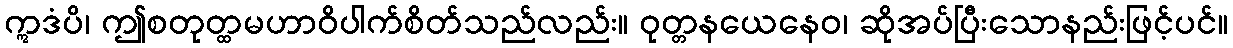
ဣဒံပိ၊ ဤစတုတ္ထမဟာဝိပါက်စိတ်သည်လည်း။ ဝုတ္တနယေနေဝ၊ ဆိုအပ်ပြီးသောနည်းဖြင့်ပင်။